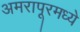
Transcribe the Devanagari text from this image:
अमरापूरमध्ये